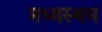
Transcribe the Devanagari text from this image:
मध्‍यस्‍थम